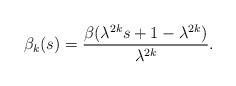
LaTeX: \begin{align*} \begin{aligned} \beta_k(s)=\frac{\beta(\lambda^{2k}s+1-\lambda^{2k})}{\lambda^{2k}}. \end{aligned} \end{align*}